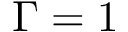
\Gamma = 1